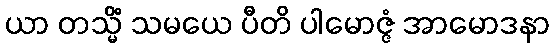
ယာ တသ္မိံ သမယေ ပီတိ ပါမောဇ္ဇံ အာမောဒနာ